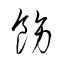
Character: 飭